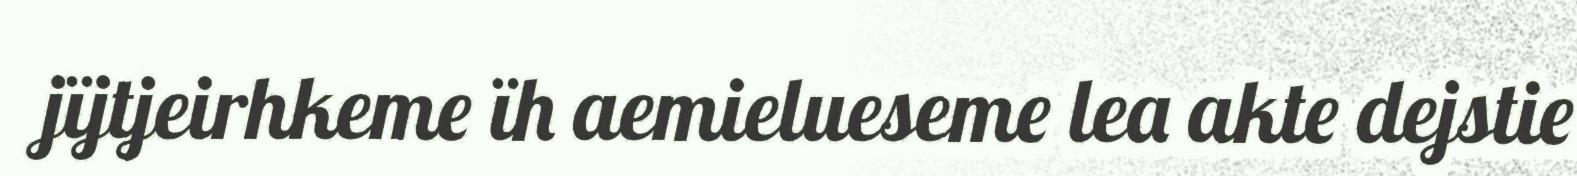
jïjtjeirhkeme ïh aemielueseme lea akte dejstie